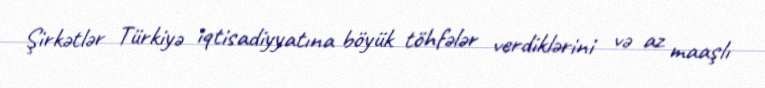
Şirkətlər Türkiyə iqtisadiyyatına böyük töhfələr verdiklərini və az maaşlı